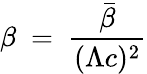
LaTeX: \beta~=~{\frac{\bar{\beta}}{(\Lambda c)^{2}}}